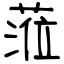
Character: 蒞